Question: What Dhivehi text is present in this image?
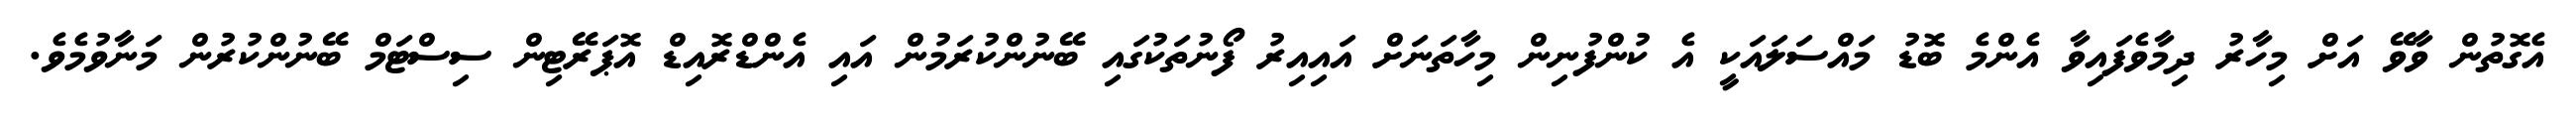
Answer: އެގޮތުން ވާވޭ އަށް މިހާރު ދިމާވެފައިވާ އެންމެ ބޮޑު މައްސަލައަކީ އެ ކުންފުނިން މިހާތަނަށް އައިއިރު ފޯނުތަކުގައި ބޭނުންކުރަމުން އައި އެންޑްރޮއިޑް އޮޕަރޭޓިން ސިސްޓަމް ބޭނުންކުރުން މަނާވުމެވެ.